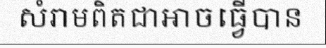
សំរាមពិតជាអាចធ្វើបាន